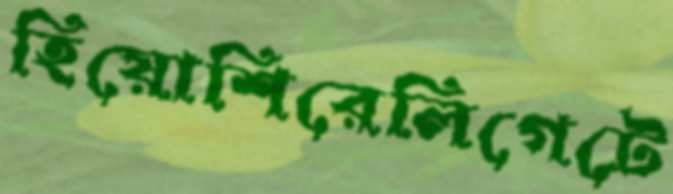
হিয়োশিরেলিগেটে